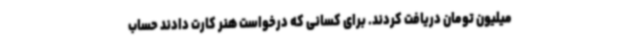
میلیون تومان دریافت کردند. برای کسانی که درخواست هنر کارت دادند حساب